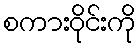
စကားဝိုင်းကို